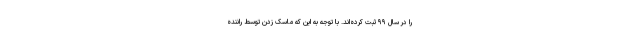
را در سال ۹۹ ثبت کرده‌اند. با توجه به این که ماسک زدن توسط راننده